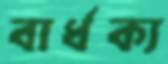
বার্ধক্য